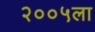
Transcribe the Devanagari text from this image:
२००५ला